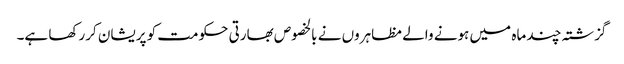
گزشتہ چند ماہ میں ہونے والے مظاہروں نے بالخصوص بھارتی حکومت کو پریشان کررکھا ہے۔